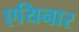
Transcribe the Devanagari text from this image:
एयिनार